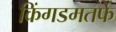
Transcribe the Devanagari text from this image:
किंगडमतर्फे